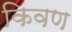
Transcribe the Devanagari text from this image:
किवण